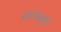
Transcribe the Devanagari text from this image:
सज्ज्नों